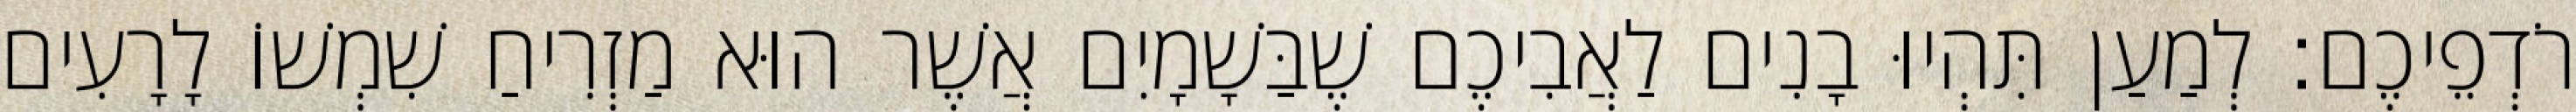
רֹדְפֵיכֶם׃ לְמַעַן תִּהְיוּ בָנִים לַאֲבִיכֶם שֶׁבַּשָׁמָיִם אֲשֶׁר הוּא מַזְרִיחַ שִׁמְשׁוֹ לָרָעִים